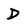
Character: D